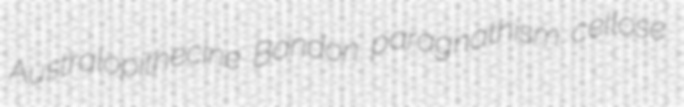
Australopithecine Bandon paragnathism cellose